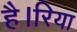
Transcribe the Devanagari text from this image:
है।रिया